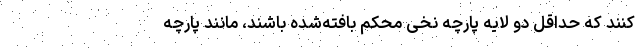
کنند که حداقل دو لایه پارچه نخی محکم بافته‌شده باشند، مانند پارچه